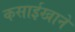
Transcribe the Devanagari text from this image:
कसाईखाने